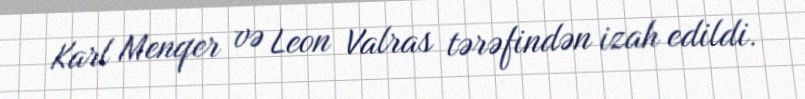
Karl Menqer və Leon Valras tərəfindən izah edildi.